65_HS1-834228961_62-HQ-83894_Section_9
Agency: FBI
Page 253
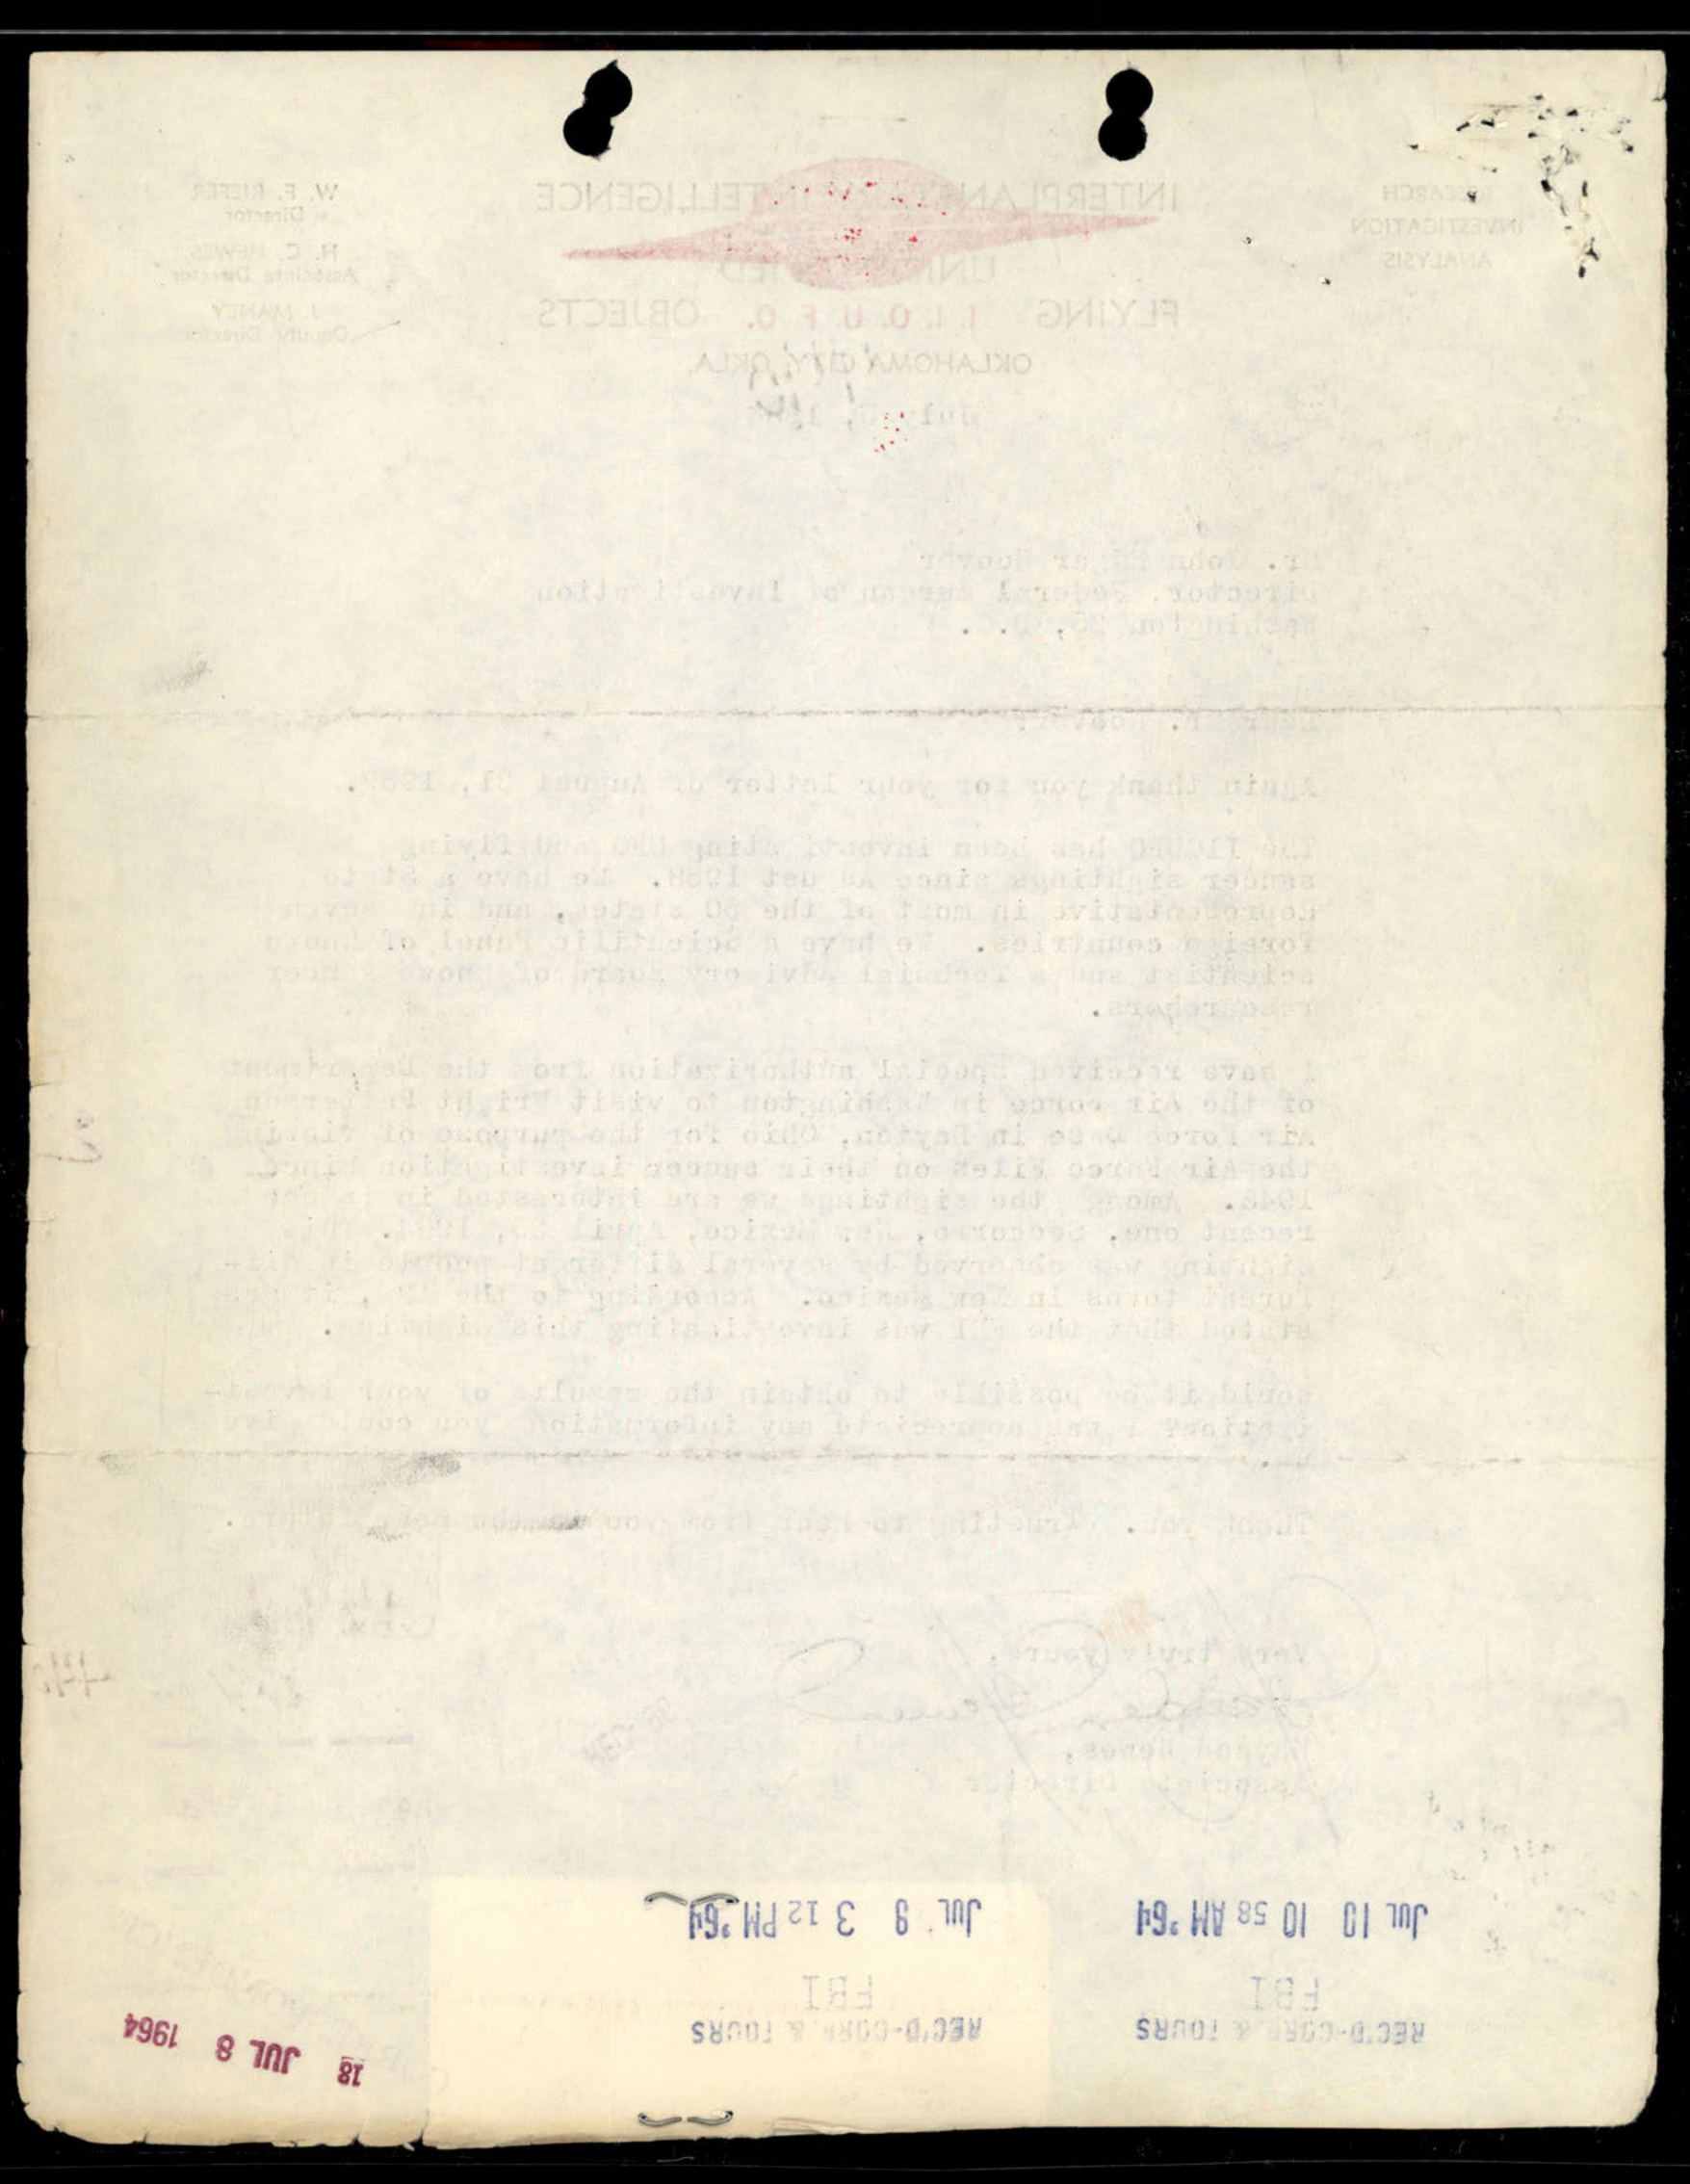